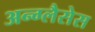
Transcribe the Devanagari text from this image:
अन्ग्लैसेस